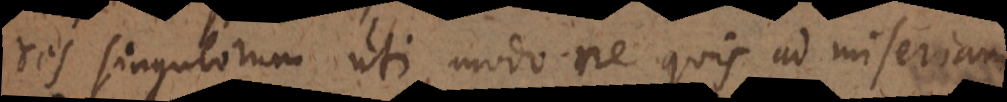
res singulorum uti, modo ne quis ad miseriam